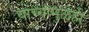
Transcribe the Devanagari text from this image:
यांच्यामुळेही